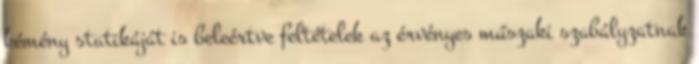
kémény statikáját is beleértve feltételek az érvényes műszaki szabályzatnak